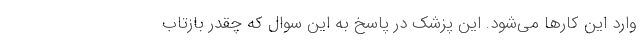
وارد این کارها می‌شود. این پزشک در پاسخ به این سوال که چقدر بازتاب